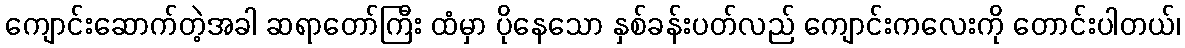
ကျောင်းဆောက်တဲ့အခါ ဆရာတော်ကြီး ထံမှာ ပိုနေသော နှစ်ခန်းပတ်လည် ကျောင်းကလေးကို တောင်းပါတယ်၊